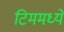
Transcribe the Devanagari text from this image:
टिममध्ये